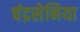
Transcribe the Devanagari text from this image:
चंद्रसेनिया